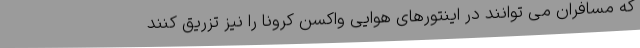
که مسافران می توانند در اینتورهای هوایی واکسن کرونا را نیز تزریق کنند